Scottish Leaving Certificate Examination, 1952
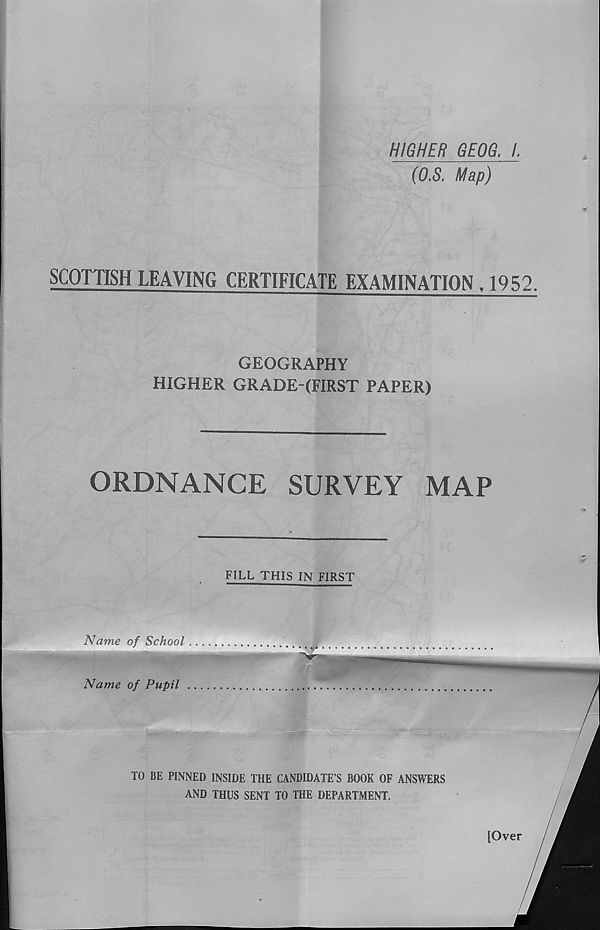
HIGHER GEOG. /.
(O.S. Map)
SCOTTISH LEAVING CERTIFICATE EXAMINATION , 1952.
GEOGRAPHY
HIGHER GRADE-(FIRST PAPER)
ORDNANCE
SURVEY
MAP
FILL THIS IN FIRST
Name of School
Name of Pupil
TO BE PINNED INSIDE THE CANDIDATE’S BOOK OF ANSWERS
AND THUS SENT TO THE DEPARTMENT.
[Over